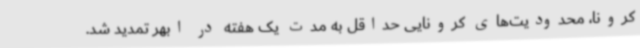
کرونا، محدودیت‌های کرونایی حداقل به مدت یک هفته در ابهر تمدید شد.